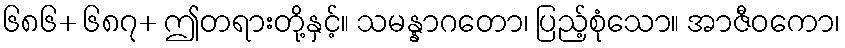
၆၈၆+ ၆၈၇+ ဤတရားတို့နှင့်။ သမန္နာဂတော၊ ပြည့်စုံသော။ အာဇီဝကော၊